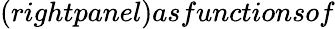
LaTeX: (rightpanel)asfunctionsof